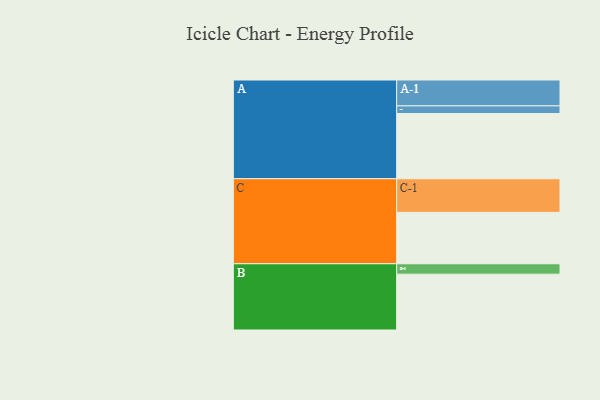
{"axis": {"x": "Segment", "y": "Value"}, "legend": ["", "A", "B", "C"], "data": [{"x": "A", "y": 532, "type": ""}, {"x": "B", "y": 455, "type": ""}, {"x": "C", "y": 419, "type": ""}, {"x": "A-1", "y": 211, "type": "A"}, {"x": "A-2", "y": 62, "type": "A"}, {"x": "B-1", "y": 85, "type": "B"}, {"x": "C-1", "y": 274, "type": "C"}]}